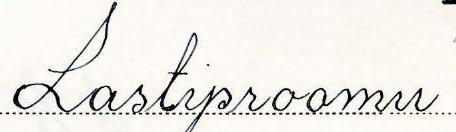
Lastiproomu